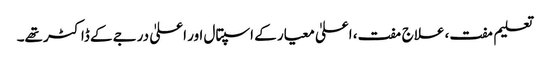
تعلیم مفت، علاج مفت، اعلیٰ معیار کے اسپتال اور اعلیٰ درجے کے ڈاکٹر تھے۔